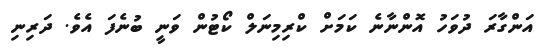
އަންގާރަ ދުވަހު އޮންނާނެ ކަމަށް ކްރިމިނަލް ކޯޓުން ވަނީ ބުނެފަ އެވެ. ދަރިނި